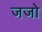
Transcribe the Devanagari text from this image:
जजो